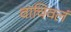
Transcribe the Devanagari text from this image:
वाचिवलं